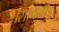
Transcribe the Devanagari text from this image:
सिप्रिनीड